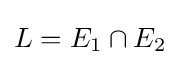
L=E_{1}\cap E_{2}